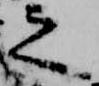
之